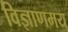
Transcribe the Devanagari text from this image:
विज्ञाणमय